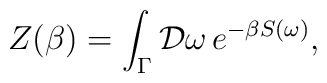
Z(\beta )= \int_\Gamma {\cal D} \omega \, e^{-\beta S(\omega)},